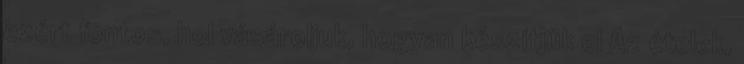
ezért fontos, hol vásároljuk, hogyan készítjük el Az ételek,